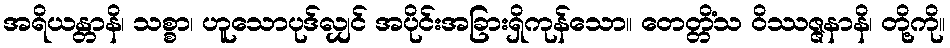
အရိယန္တာနိ၊ သစ္စာ၊ ဟူသောပုဒ်လျှင် အပိုင်းအခြားရှိကုန်သော။ တေတ္တိံသ ဝိဿဇ္ဇနာနိ၊ တို့ကို။